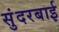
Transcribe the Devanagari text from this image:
सुंदरबाई